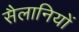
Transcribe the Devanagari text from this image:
सैलानियों